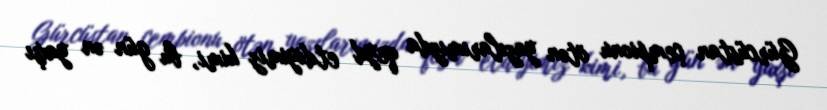
Gürcüstan çempionu ötən yazılarımızda qeyd etdiyimiz kimi, bu gün ən yaxşı